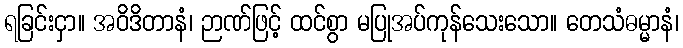
ရခြင်းငှာ။ အဝိဒိတာနံ၊ ဉာဏ်ဖြင့် ထင်စွာ မပြုအပ်ကုန်သေးသော။ တေသံဓမ္မာနံ၊